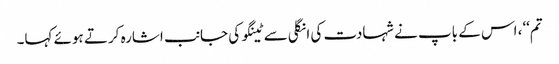
تم‘‘، اس کے باپ نے شہادت کی انگلی سے ٹینگو کی جانب اشارہ کرتے ہوئے کہا۔